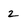
Character: 2